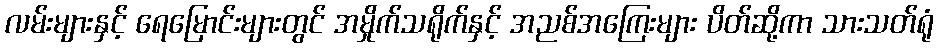
လမ်းများနှင့် ရေမြောင်းများတွင် အမှိုက်သရိုက်နှင့် အညစ်အကြေးများ ပိတ်ဆို့ကာ သားသတ်ရုံ